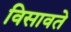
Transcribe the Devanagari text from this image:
विसावते